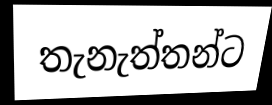
තැනැත්තන්ට